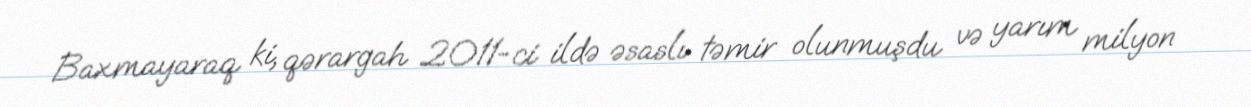
Baxmayaraq ki, qərargah 2011-ci ildə əsaslı təmir olunmuşdu və yarım milyon